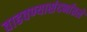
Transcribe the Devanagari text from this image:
वाढवण्यासंदर्भातले